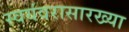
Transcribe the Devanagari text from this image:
स्वयंवरासारख्या